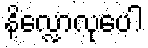
နိလ္လောလုပေါ